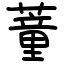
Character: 蕫